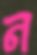
ন